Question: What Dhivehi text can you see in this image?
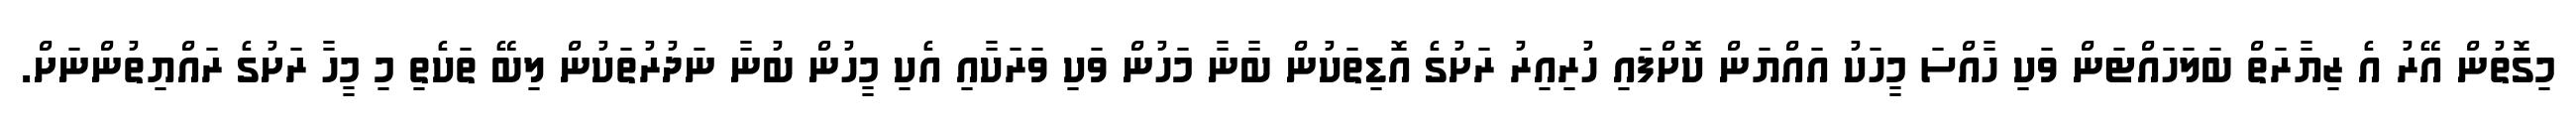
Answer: މިގޮތުން އޭރު އެ ޒިޔާރަތް ބަލަހައްޓަން ވަކި ހާއްސަ މީހަކު އައްޔަން ކޮށްފައި ހުރިއިރު ރަށުގެ އޮޑިތަކުން ބާނާ މަހުން ވަކި ވަރަކާއި އެކި މީހުން ބުނާ ނަދުރުތަކުން ލިބޭ ތަކެތި މި މީހާ ރަށުގެ ރައްޔިތުންނަށް.